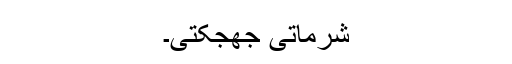
شرماتی جھجکتی۔